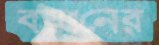
বয়ানের